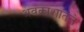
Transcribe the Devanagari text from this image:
अवकाशातले